Vaccination United Provinces of Agra and Oudh 1914-1922 - 1914-1922
Year: 1914
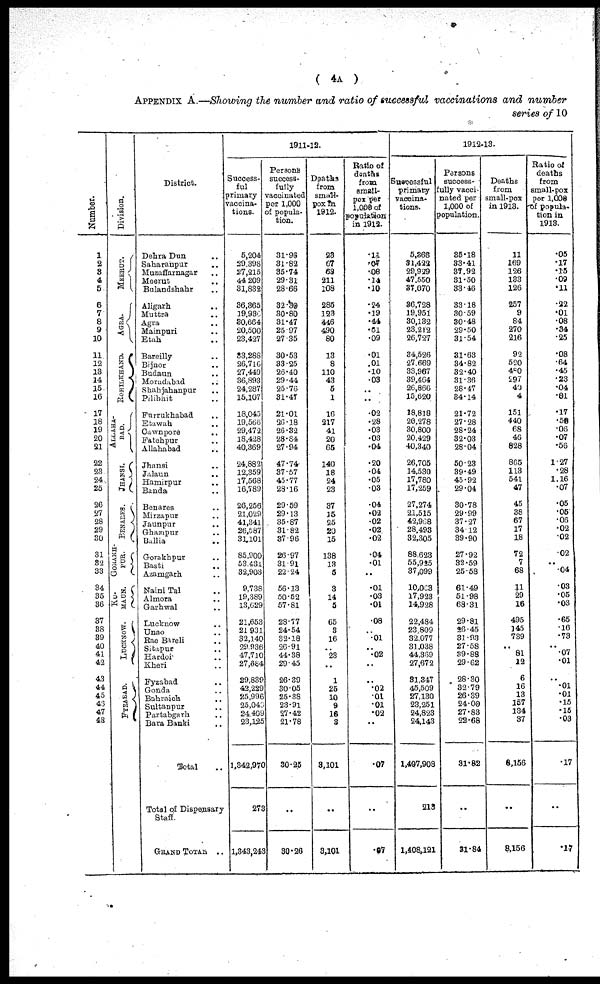
( 4A )
APPENDIX A.—Showing the number and ratio of successful vaccinations and number
series of 10
Number.
1
2
3
4
5
6
7
8
9
10
11
12
13
14
15
16
17
18
19
20
21
22
23
24
25
26
27
28
29
30
31
32
33
34
35
36
37
38
39
40
41
42
43
44
45
46
47
48
Division.
MEERUT.
AGRA.
ROHILKHAND.
ALLAHA-
----
JHANSI.
BENARES.
GORAKH¬
PUR.
KU¬
MAUN.
LUCKNOW.
FYZABAD.
District.
Dehra Dun ..
Saharanpur ..
Muzaffarnagar ..
Meerut ..
Bulandshahr ..
Aligarh ..
Muttra ..
Agra ..
Mainpuri ..
Etah ..
Bareilly ..
Bijnor ..
Budaun ..
Moradabad
..
Shahjahanpur ..
Pilibhit ..
Furrukhabad ..
Etawah ..
Cawnpore
..
Fatehpur ..
Allahabad ..
Jhansi ..
Jalaun ..
Hamirpur ..
Banda ..
Benares ..
Mirzapur ..
Jaunpur ..
Ghazipur ..
Ballia ..
Gorakhpur ..
Basti ..
Azamgarh ..
Naini Tal ..
Almora ..
Garhwal ..
Lucknow ..
Unao ..
Rae Bareli ..
Sitapur ..
Hardoi ..
Kheri ..
Fyzabad ..
Gonda ..
Bahraich ..
Sultanpur ..
Partabgarh ..
Bara Banki ..
Total ..
Total of Dispensary
Staff.
GRAND TOTAL ..
1911-12.
Success-
ful
primary
vaccina-
tions.
5,204
29,398
27,215
44,209
31,832
36,365
19,930
30,664
20,500
23,427
33,288
26,716
27,449
36,893
24,287
15,107
18,045
19,566
29,472
18,428
40,369
24,882
12,359
17,568
16,789
26,256
21,029
41,341
26,587
31,101
85,900
53,431
32,903
9,738
19,389
13,629
21,653
21,931
32,140
29,936
47,710
27,684
29,839
42,229
25,996
25,046
24,409
23,125
1,342,970
273
1,343,243
Persons
success-
fully
vaccinated
per 1,000
of popula-
tion.
31.96
31.82
35.74
29.31
28.66
32.30
30.80
31.47
25.97
27.35
30.53
33.25
26.40
29.44
25.76
31.47
21.01
26.18
26.32
28.84
27.94
47.74
37.57
45.77
28.16
29.59
29.13
35.87
31.82
37.96
26.97
31.91
22.24
56.13
50.52
57.81
28.77
24.54
32.18
26.91
44.38
29.45
26.39
30.05
25.38
23.91
27.42
21.78
30.25
..
30.26
Deaths
from
small-
pox in
1912.
23
67
63
211
108
285
123
446
490
80
13
8
110
43
5
1
16
217
41
20
65
140
18
24
23
37
15
25
20
15
138
13
5
3
14
5
65
3
16
..
23
..
1
25
10
9
16
3
3,101
..
3,101
Ratio of
deaths
from
small-
pox per
1,000 of
population
in 1912.
.11
.07
.08
.14
.10
.24
.19
.44
.61
.09
.01
.01
.10
.03
..
..
.02
.28
.03
.03
.04
.20
.04
.05
.03
.04
. 02
.02
.02
.02
.04
.01
..
.01
.03
.01
.08
..
.01
..
.02
..
..
.02
.01
.01
.02
..
.07
..
.07
1912-13.
Successful
primary
vaccina-
tions.
5,368
31,422
29,929
47,550
37,070
36,728
19,951
30,132
23,212
26,727
34,526
27,669
33,967
39,464
26,866
15,620
18,818
20,278
30,800
20,429
40,340
26,705
14,530
17,780
17,259
27,274
21,515
42,968
28,493
32,305
88,623
55,925
37,099
10,063
17,923
14,928
22,484
23,809
32,077
31,038
44,369
27,672
31,347
45,509
27,130
23,251
24,823
24,143
1,407,908
213
1,408,121
Parsons
success-
fully vacci-
nated per
1,000 of
population.
35.18
33.41
37.92
31.50
33.46
33.18
30.59
30.48
29.50
31.54
31.63
34.82
32.40
31.36
28.47
34.14
21.72
27.28
28.24
32.03
28.04
50.23
39.49
45.92
29.04
30.78
29.99
37.27
34.12
39.90
27.92
32.59
25.58
61.49
51.98
68.31
29.81
26.45
31.93
27.58
39.88
29.62
28.30
32.79
26.39
24.00
27.83
22.68
31.82
..
31.84
Deaths
from
small-pox
in 1913.
11
169
126
133
126
257
9
84
270
216
92
520
480
297
40
4
151
440
68
46
828
865
113
541
47
45
38
67
17
18
72
7
68
11
29
16
495
145
739
.. 81
12
6
16
13
157
134
37
8,156
..
8,156
Ratio of
deaths
from
small-pox
per 1,000
of popula-
tion in
1913.
.05
.17
.15
.09
.11
.22
.01
.08
.34
.25
.08
.64
.45
.23
.04
.01
.17
.58
.06
.07
.56
1.27
.28
1.16
.07
.05
.05
.06
.02
.02
.02
..
.04
.03
.05
.03
.65
.16
.73
.. .07
.01
..
.01
.01
.15
.15
.03
.17
..
.17